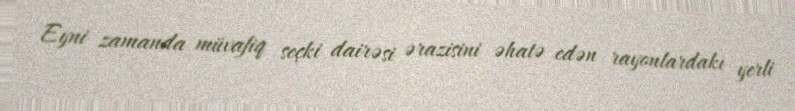
Eyni zamanda müvafiq seçki dairəsi ərazisini əhatə edən rayonlardakı yerli